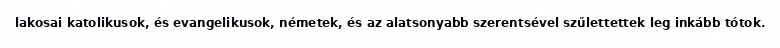
lakosai katolikusok, és evangelikusok, németek, és az alatsonyabb szerentsével szűlettettek leg inkább tótok.